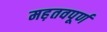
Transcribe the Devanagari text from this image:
मह़तवपूर्ण